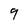
Character: 9